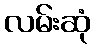
လမ်းဆုံ